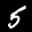
Label: 5